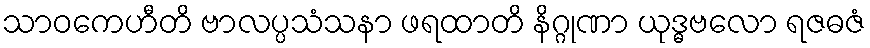
သာဝကေဟီတိ ဗာလပ္ပသံသနာ ဖရထာတိ နိဂ္ဂုဏာ ယုဒ္ဓဗလော ရဇဓဇံ